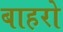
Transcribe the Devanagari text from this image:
बाहरो